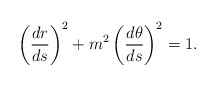
\begin{align*}\left(\frac{dr}{ds}\right)^2+m^2\left(\frac{d\theta}{ds}\right)^2 =1.\end{align*}